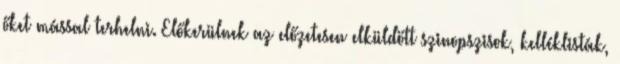
őket mással terhelni. Előkerülnek az előzetesen elküldött szinopszisok, kelléklisták,